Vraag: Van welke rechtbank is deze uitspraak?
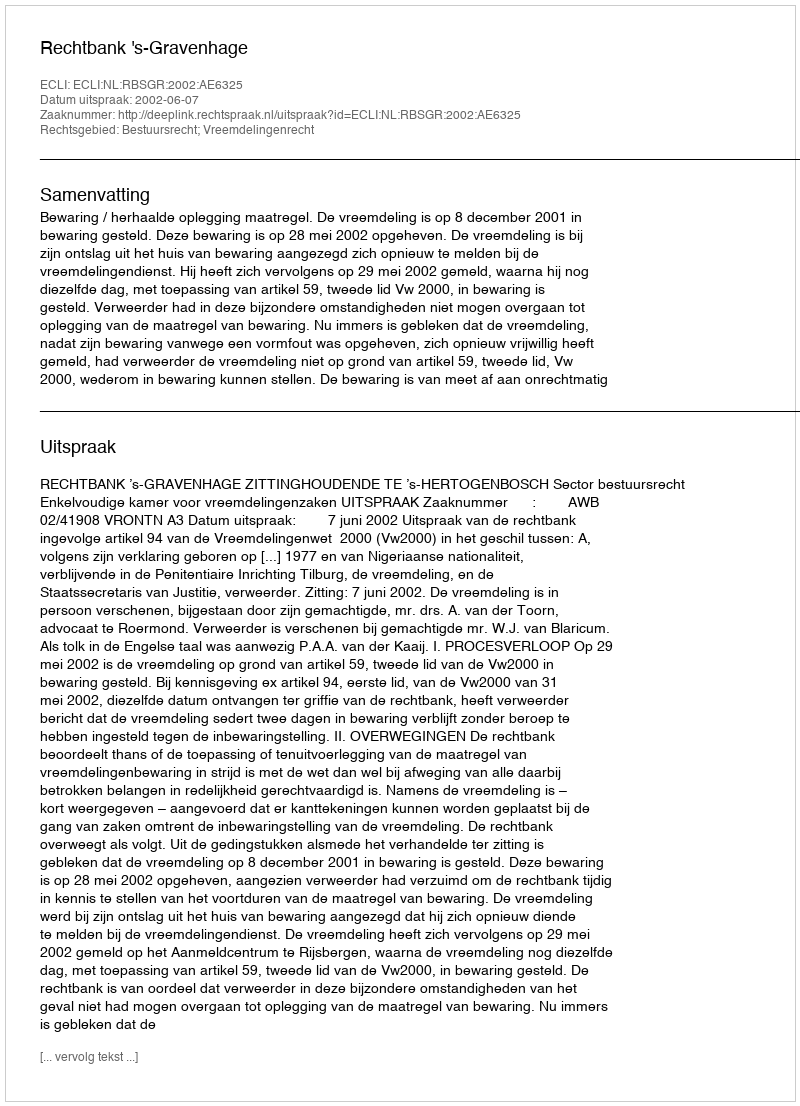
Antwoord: Rechtbank 's-Gravenhage